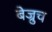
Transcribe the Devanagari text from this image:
बेज्रुच